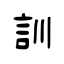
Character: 訓